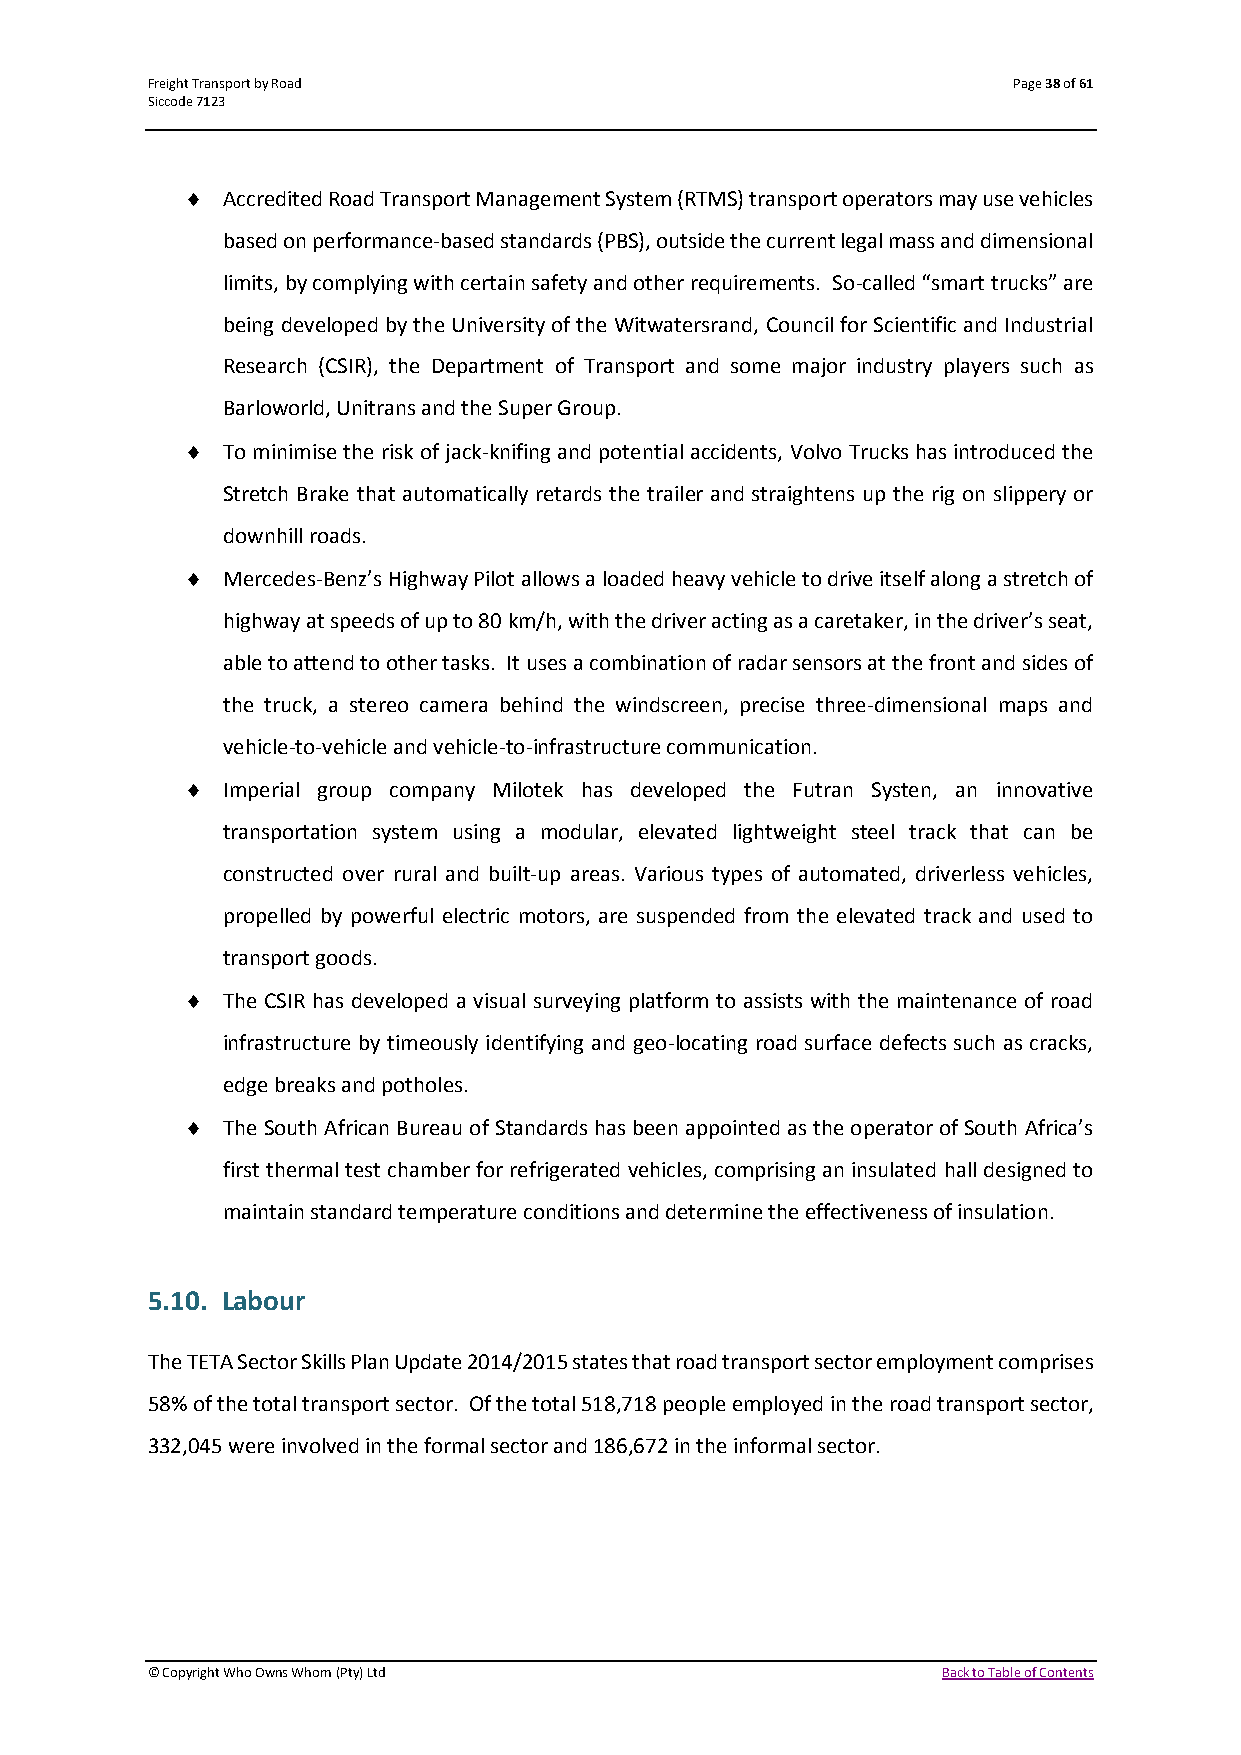
Freight Transport by Road                                Page 38 of 61
 Siccode 7123
   Accredited Road Transport Management System (RTMS) transport operators may use vehicles
 based on performance-based standards (PBS), outside the current legal mass and dimensional
 limits, by complying with certain safety and other requirements. So-called “smart trucks” are
 being developed by the University of the Witwatersrand, Council for Scientific and Industrial
 Research (CSIR), the Department of Transport and some major industry players such as
 Barloworld, Unitrans and the Super Group.
   To minimise the risk of jack-knifing and potential accidents, Volvo Trucks has introduced the
 Stretch Brake that automatically retards the trailer and straightens up the rig on slippery or
 downhill roads.
   Mercedes-Benz’s Highway Pilot allows a loaded heavy vehicle to drive itself along a stretch of
 highway at speeds of up to 80 km/h, with the driver acting as a caretaker, in the driver’s seat,
 able to attend to other tasks. It uses a combination of radar sensors at the front and sides of
 the truck, a stereo camera behind the windscreen, precise three-dimensional maps and
 vehicle-to-vehicle and vehicle-to-infrastructure communication.
   Imperial group company Milotek has developed the Futran Systen, an innovative
 transportation system using a modular, elevated lightweight steel track that can be
 constructed over rural and built-up areas. Various types of automated, driverless vehicles,
 propelled by powerful electric motors, are suspended from the elevated track and used to
 transport goods.
   The CSIR has developed a visual surveying platform to assists with the maintenance of road
 infrastructure by timeously identifying and geo-locating road surface defects such as cracks,
 edge breaks and potholes.
   The South African Bureau of Standards has been appointed as the operator of South Africa’s
 first thermal test chamber for refrigerated vehicles, comprising an insulated hall designed to
 maintain standard temperature conditions and determine the effectiveness of insulation.
 5.10. Labour
 The TETA Sector Skills Plan Update 2014/2015 states that road transport sector employment comprises
 58% of the total transport sector. Of the total 518,718 people employed in the road transport sector,
 332,045 were involved in the formal sector and 186,672 in the informal sector.
 © Copyright Who Owns Whom (Pty) Ltd                 Back to Table of Contents